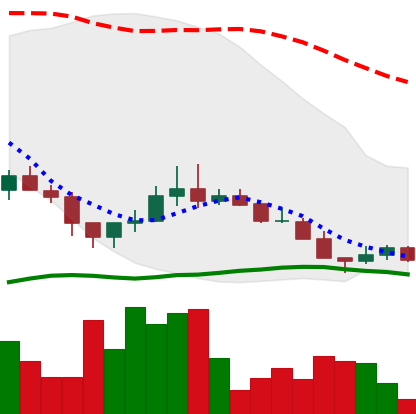
Ticker: LINK-USD
Chart end date: 2018-12-10
Forward return: -7.173%
Label: down_7plus